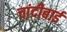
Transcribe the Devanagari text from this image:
चांदीबाई